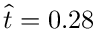
\hat { t } = 0 . 2 8